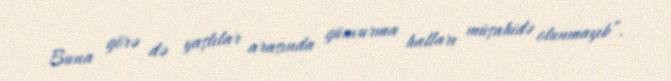
Buna görə də yaşlılar arasında günvurma halları müşahidə olunmayıb”.